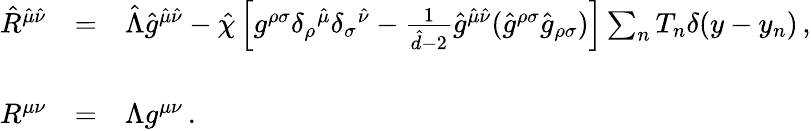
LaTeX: \begin{array}{rcl}{{\hat{R}^{\hat{\mu}\hat{\nu}}}}&{{=}}&{{\hat{\Lambda}\hat{g}^{\hat{\mu}\hat{\nu}}-\hat{\chi}\left[g^{\rho\sigma}\delta_{\rho}{}^{\hat{\mu}}\delta_{\sigma}{}^{\hat{\nu}}-{\textstyle\frac{1}{\hat{d}-2}}\hat{g}^{\hat{\mu}\hat{\nu}}(\hat{g}^{\rho\sigma}\hat{g}_{\rho\sigma})\right]\sum_{n}T_{n}\delta(y-y_{n})\, ,}}\\ {{}}&{{}}&{{}}\\ {{R^{\mu\nu}}}&{{=}}&{{\Lambda g^{\mu\nu}\, .}}\end{array}